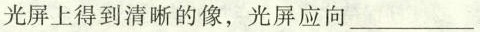
光屏上得到清晰的像，光屏应向___